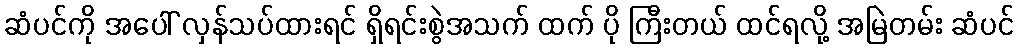
ဆံပင်ကို အပေါ် လှန်သပ်ထားရင် ရှိရင်းစွဲအသက် ထက် ပို ကြီးတယ် ထင်ရလို့ အမြဲတမ်း ဆံပင်